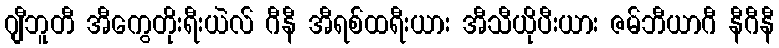
ဂျီဘူတီ အီကွေတိုးရီးယဲလ် ဂီနီ အီရစ်ထရီးယား အီသီယိုပီးယား ဇမ်ဘီယာဂီ နီဂီနီ